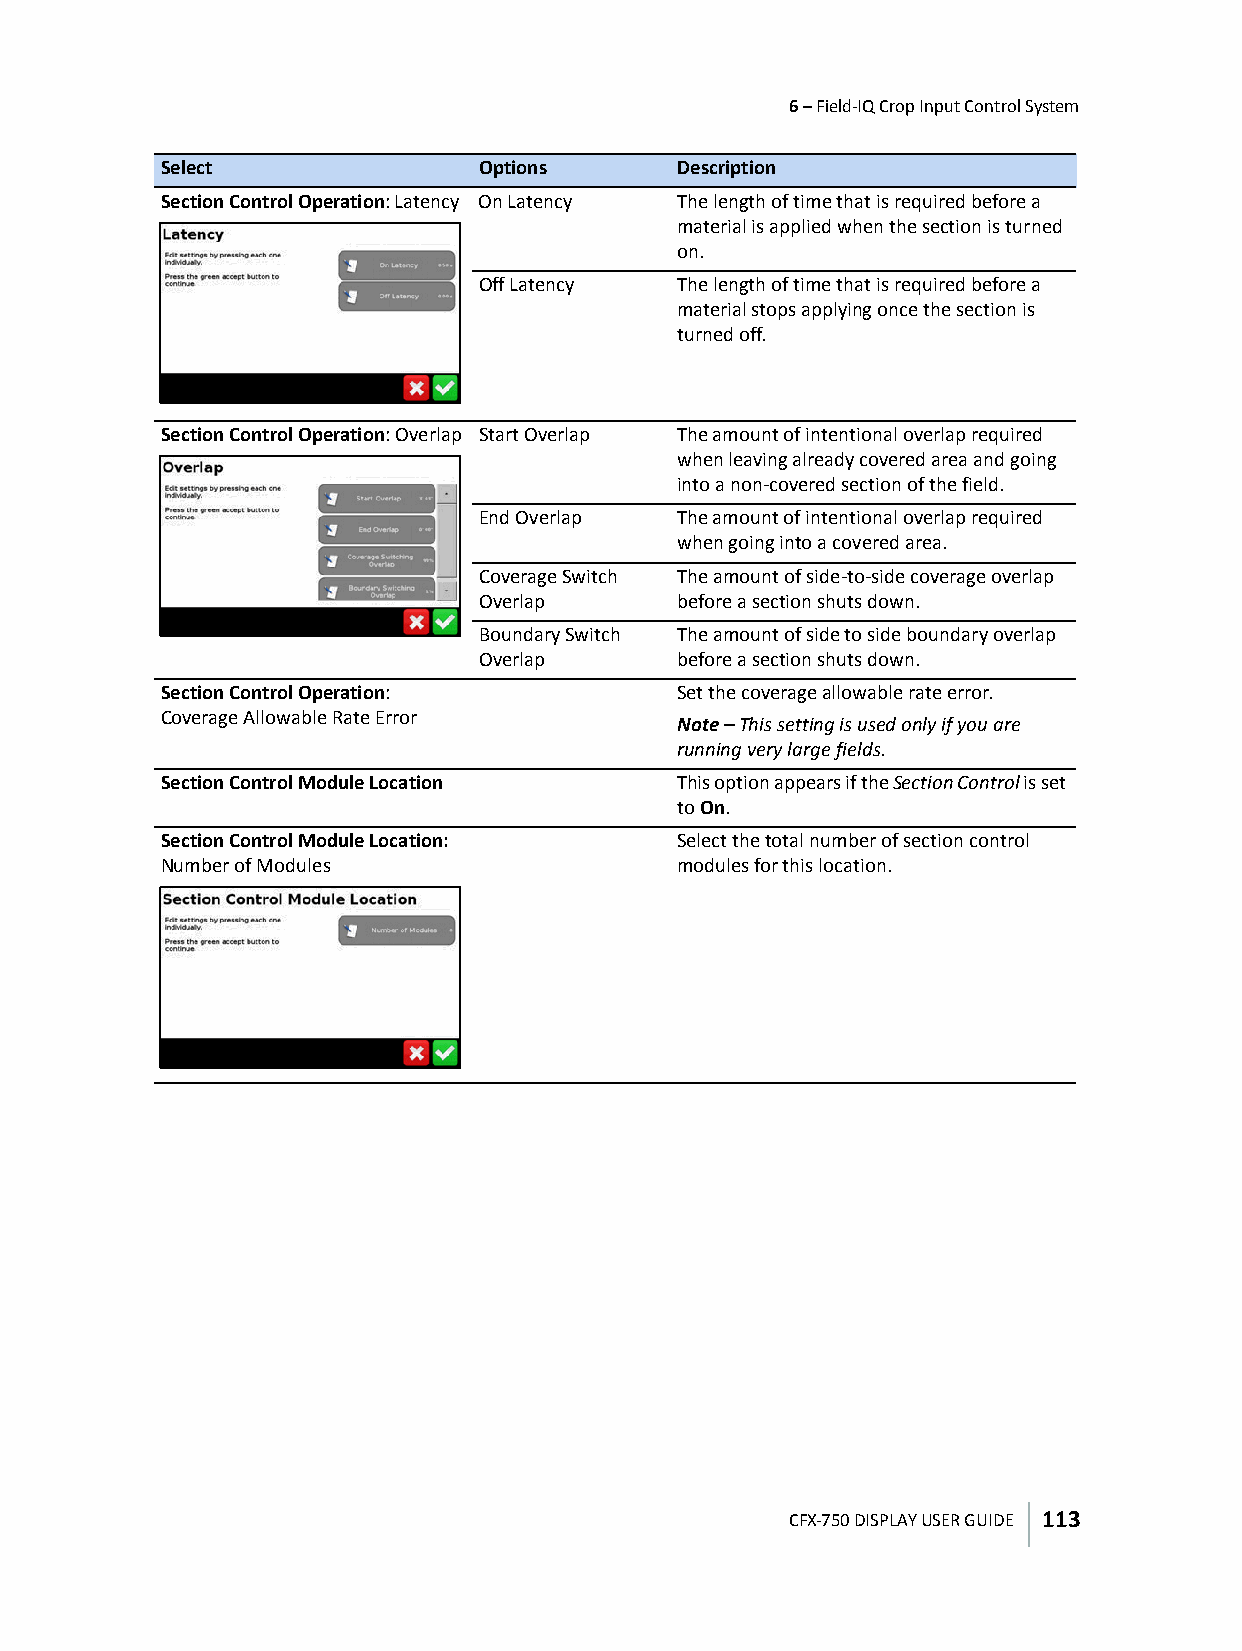
6 – Field-IQ Crop Input Control System
 Select               Options      Description
 Section Control Operation: Latency On Latency The length of time that is required before a
 material is applied when the section is turned
 on.
 Off Latency  The length of time that is required before a
 material stops applying once the section is
 turned off.
 Section Control Operation: Overlap Start Overlap The amount of intentional overlap required
 when leaving already covered area and going
 into a non-covered section of the field.
 End Overlap  The amount of intentional overlap required
 when going into a covered area.
 Coverage Switch The amount of side-to-side coverage overlap
 Overlap      before a section shuts down.
 Boundary Switch The amount of side to side boundary overlap
 Overlap      before a section shuts down.
 Section Control Operation:        Set the coverage allowable rate error.
 Coverage Allowable Rate Error     Note – This setting is used only if you are
 running very large fields.
 Section Control Module Location   This option appears if the Section Control is set
 to On.
 Section Control Module Location:  Select the total number of section control
 Number of Modules                 modules for this location.
 CFX-750 DISPLAY USER GUIDE 113